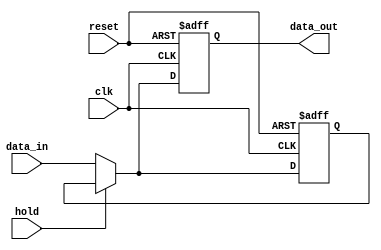
module hold_condition (
    input wire clk,            // Clock signal
    input wire reset,          // Asynchronous reset signal
    input wire hold,           // Control signal to enable hold condition
    input wire [7:0] data_in,  // Data inputs (8-bit for example)
    output reg [7:0] data_out   // Current state output (8-bit)
);

// Internal state variable to hold current output value
reg [7:0] current_state;

// Asynchronous reset and hold condition logic
always @(posedge clk or posedge reset) begin
    if (reset) begin
        // Reset the output to a known state (e.g., 0)
        data_out <= 8'b0;
        current_state <= 8'b0; // Reset internal state as well
    end else if (hold) begin
        // Maintain the current output value during hold condition
        data_out <= current_state; // Hold the current state
    end else begin
        // Update the output with new data inputs
        data_out <= data_in;
        current_state <= data_in; // Update internal state with new data
    end
end

endmodule